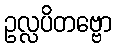
ဥလ္လပိတဗ္ဗော